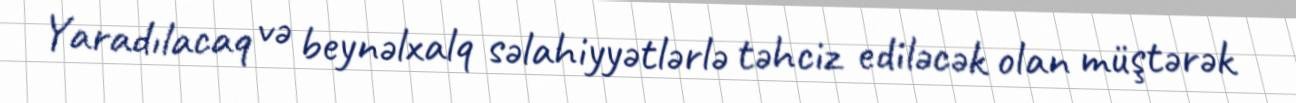
Yaradılacaq və beynəlxalq səlahiyyətlərlə təhciz ediləcək olan müştərək